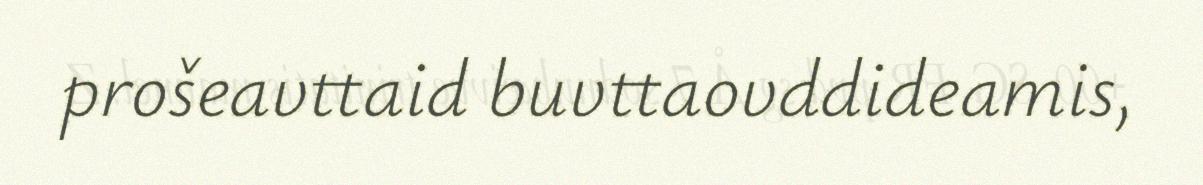
prošeavttaid buvttaovddideamis,